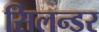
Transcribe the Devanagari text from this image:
सिलन्डर